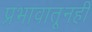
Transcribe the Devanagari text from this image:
प्रभावातूनही